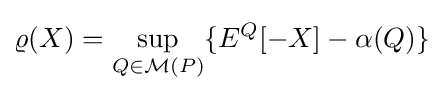
\varrho (X)=\sup _{Q\in {\mathcal {M}}(P)}\{E^{Q}[-X]-\alpha (Q)\}